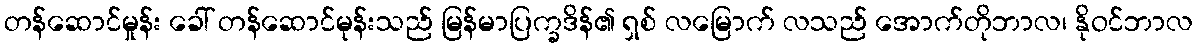
တန်ဆောင်မှုန်း ခေါ် တန်ဆောင်မုန်းသည် မြန်မာပြက္ခဒိန်၏ ရှစ် လမြောက် လသည် အောက်တိုဘာလ၊ နိုဝင်ဘာလ